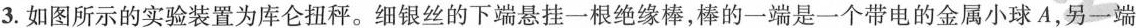
3.如图所示的实验装置为库仑扭秤。细银丝的下端悬挂一根绝缘棒，棒的一端是一个带电的金属小球A，另一端